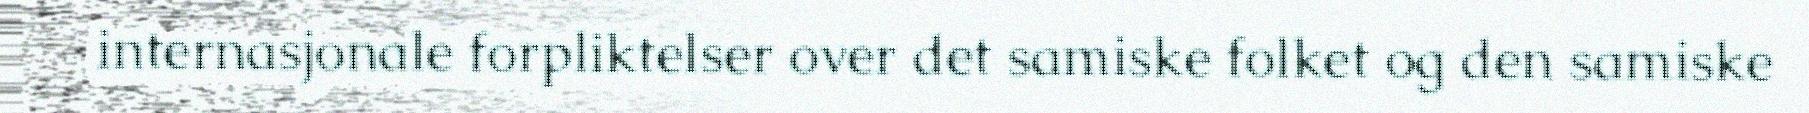
internasjonale forpliktelser over det samiske folket og den samiske